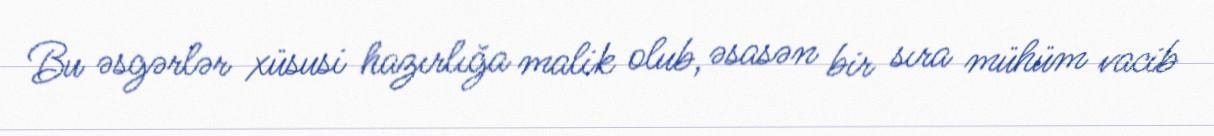
Bu əsgərlər xüsusi hazırlığa malik olub, əsasən bir sıra mühüm vacib